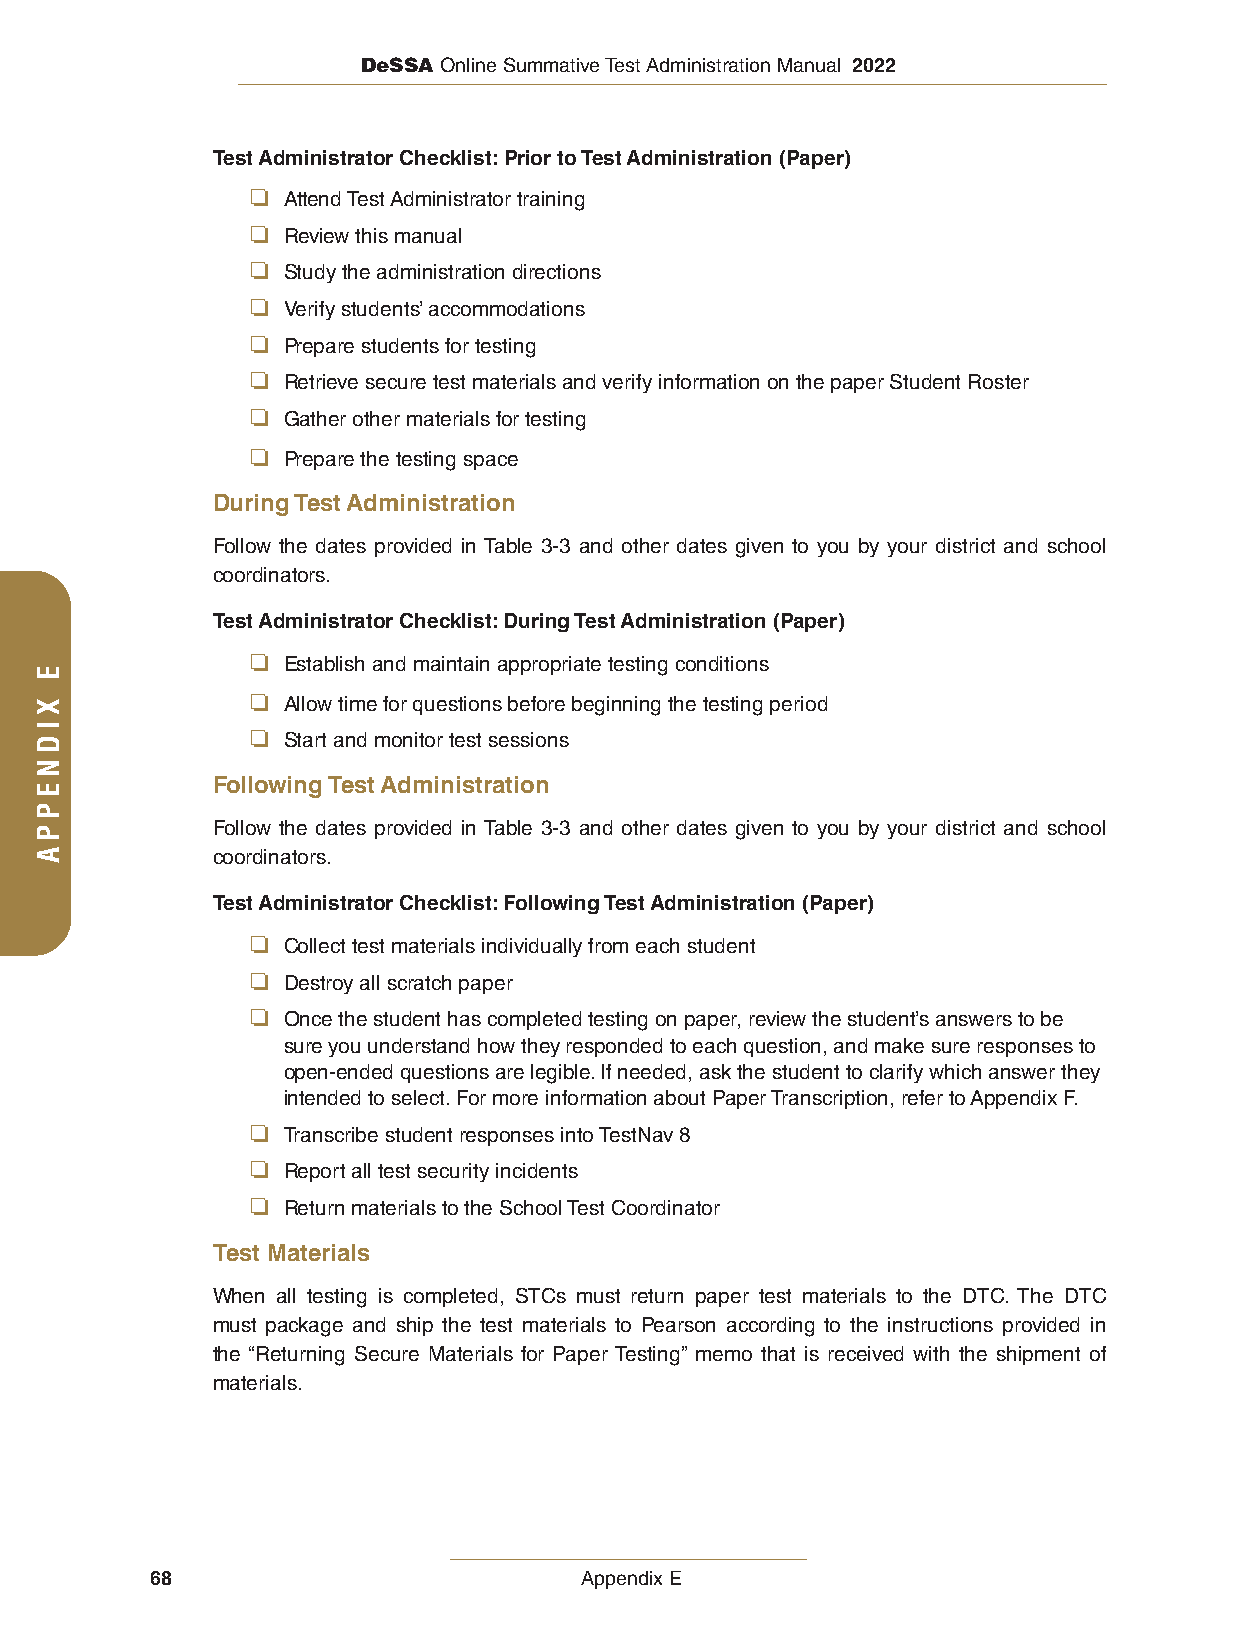
DeSSA Online Summative Test Administration Manual 2022
 Test Administrator Checklist: Prior to Test Administration (Paper)
 ❏ Attend Test Administrator training
 ❏ Review this manual
 ❏ Study the administration directions
 ❏ Verify students’ accommodations
 ❏ Prepare students for testing
 ❏ Retrieve secure test materials and verify information on the paper Student Roster
 ❏ Gather other materials for testing
 ❏ Prepare the testing space
 During Test Administration
 Follow the dates provided in Table 3-3 and other dates given to you by your district and school
 coordinators.
 Test Administrator Checklist: During Test Administration (Paper)
 ❏ Establish and maintain appropriate testing conditions
 ❏ Allow time for questions before beginning the testing period
 ❏ Start and monitor test sessions
 Following Test Administration
 Follow the dates provided in Table 3-3 and other dates given to you by your district and school
 coordinators.
 Test Administrator Checklist: Following Test Administration (Paper)
 ❏ Collect test materials individually from each student
 ❏ Destroy all scratch paper
 ❏ Once the student has completed testing on paper, review the student’s answers to be
 sure you understand how they responded to each question, and make sure responses to
 open-ended questions are legible. If needed, ask the student to clarify which answer they
 intended to select. For more information about Paper Transcription, refer to Appendix F.
 ❏ Transcribe student responses into TestNav 8
 ❏ Report all test security incidents
 ❏ Return materials to the School Test Coordinator
 Test Materials
 When all testing is completed, STCs must return paper test materials to the DTC. The DTC
 must package and ship the test materials to Pearson according to the instructions provided in
 the “Returning Secure Materials for Paper Testing” memo that is received with the shipment of
 materials.
 68                          Appendix E
 E
 XIDNEPPA